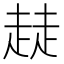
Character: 𧼂